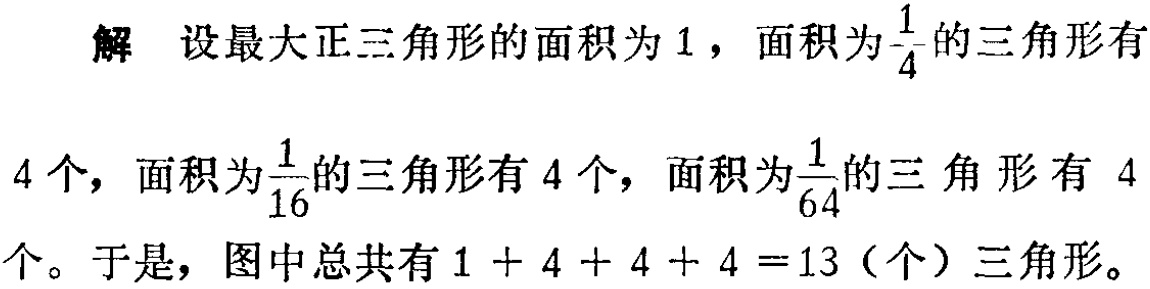
解 设最大正三角形的面积为\(1\)，面积为\(\frac{1}{4}\)的三角形有

4个，面积为\(\frac{1}{16}\)的三角形有\(4\)个，面积为\(\frac{1}{64}\)的三 角形有 \(4\)

个。于是，图中总共有\(1 + 4 + 4 + 4 =13\)（个）三角形。